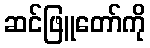
ဆင်ဖြူတော်ကို